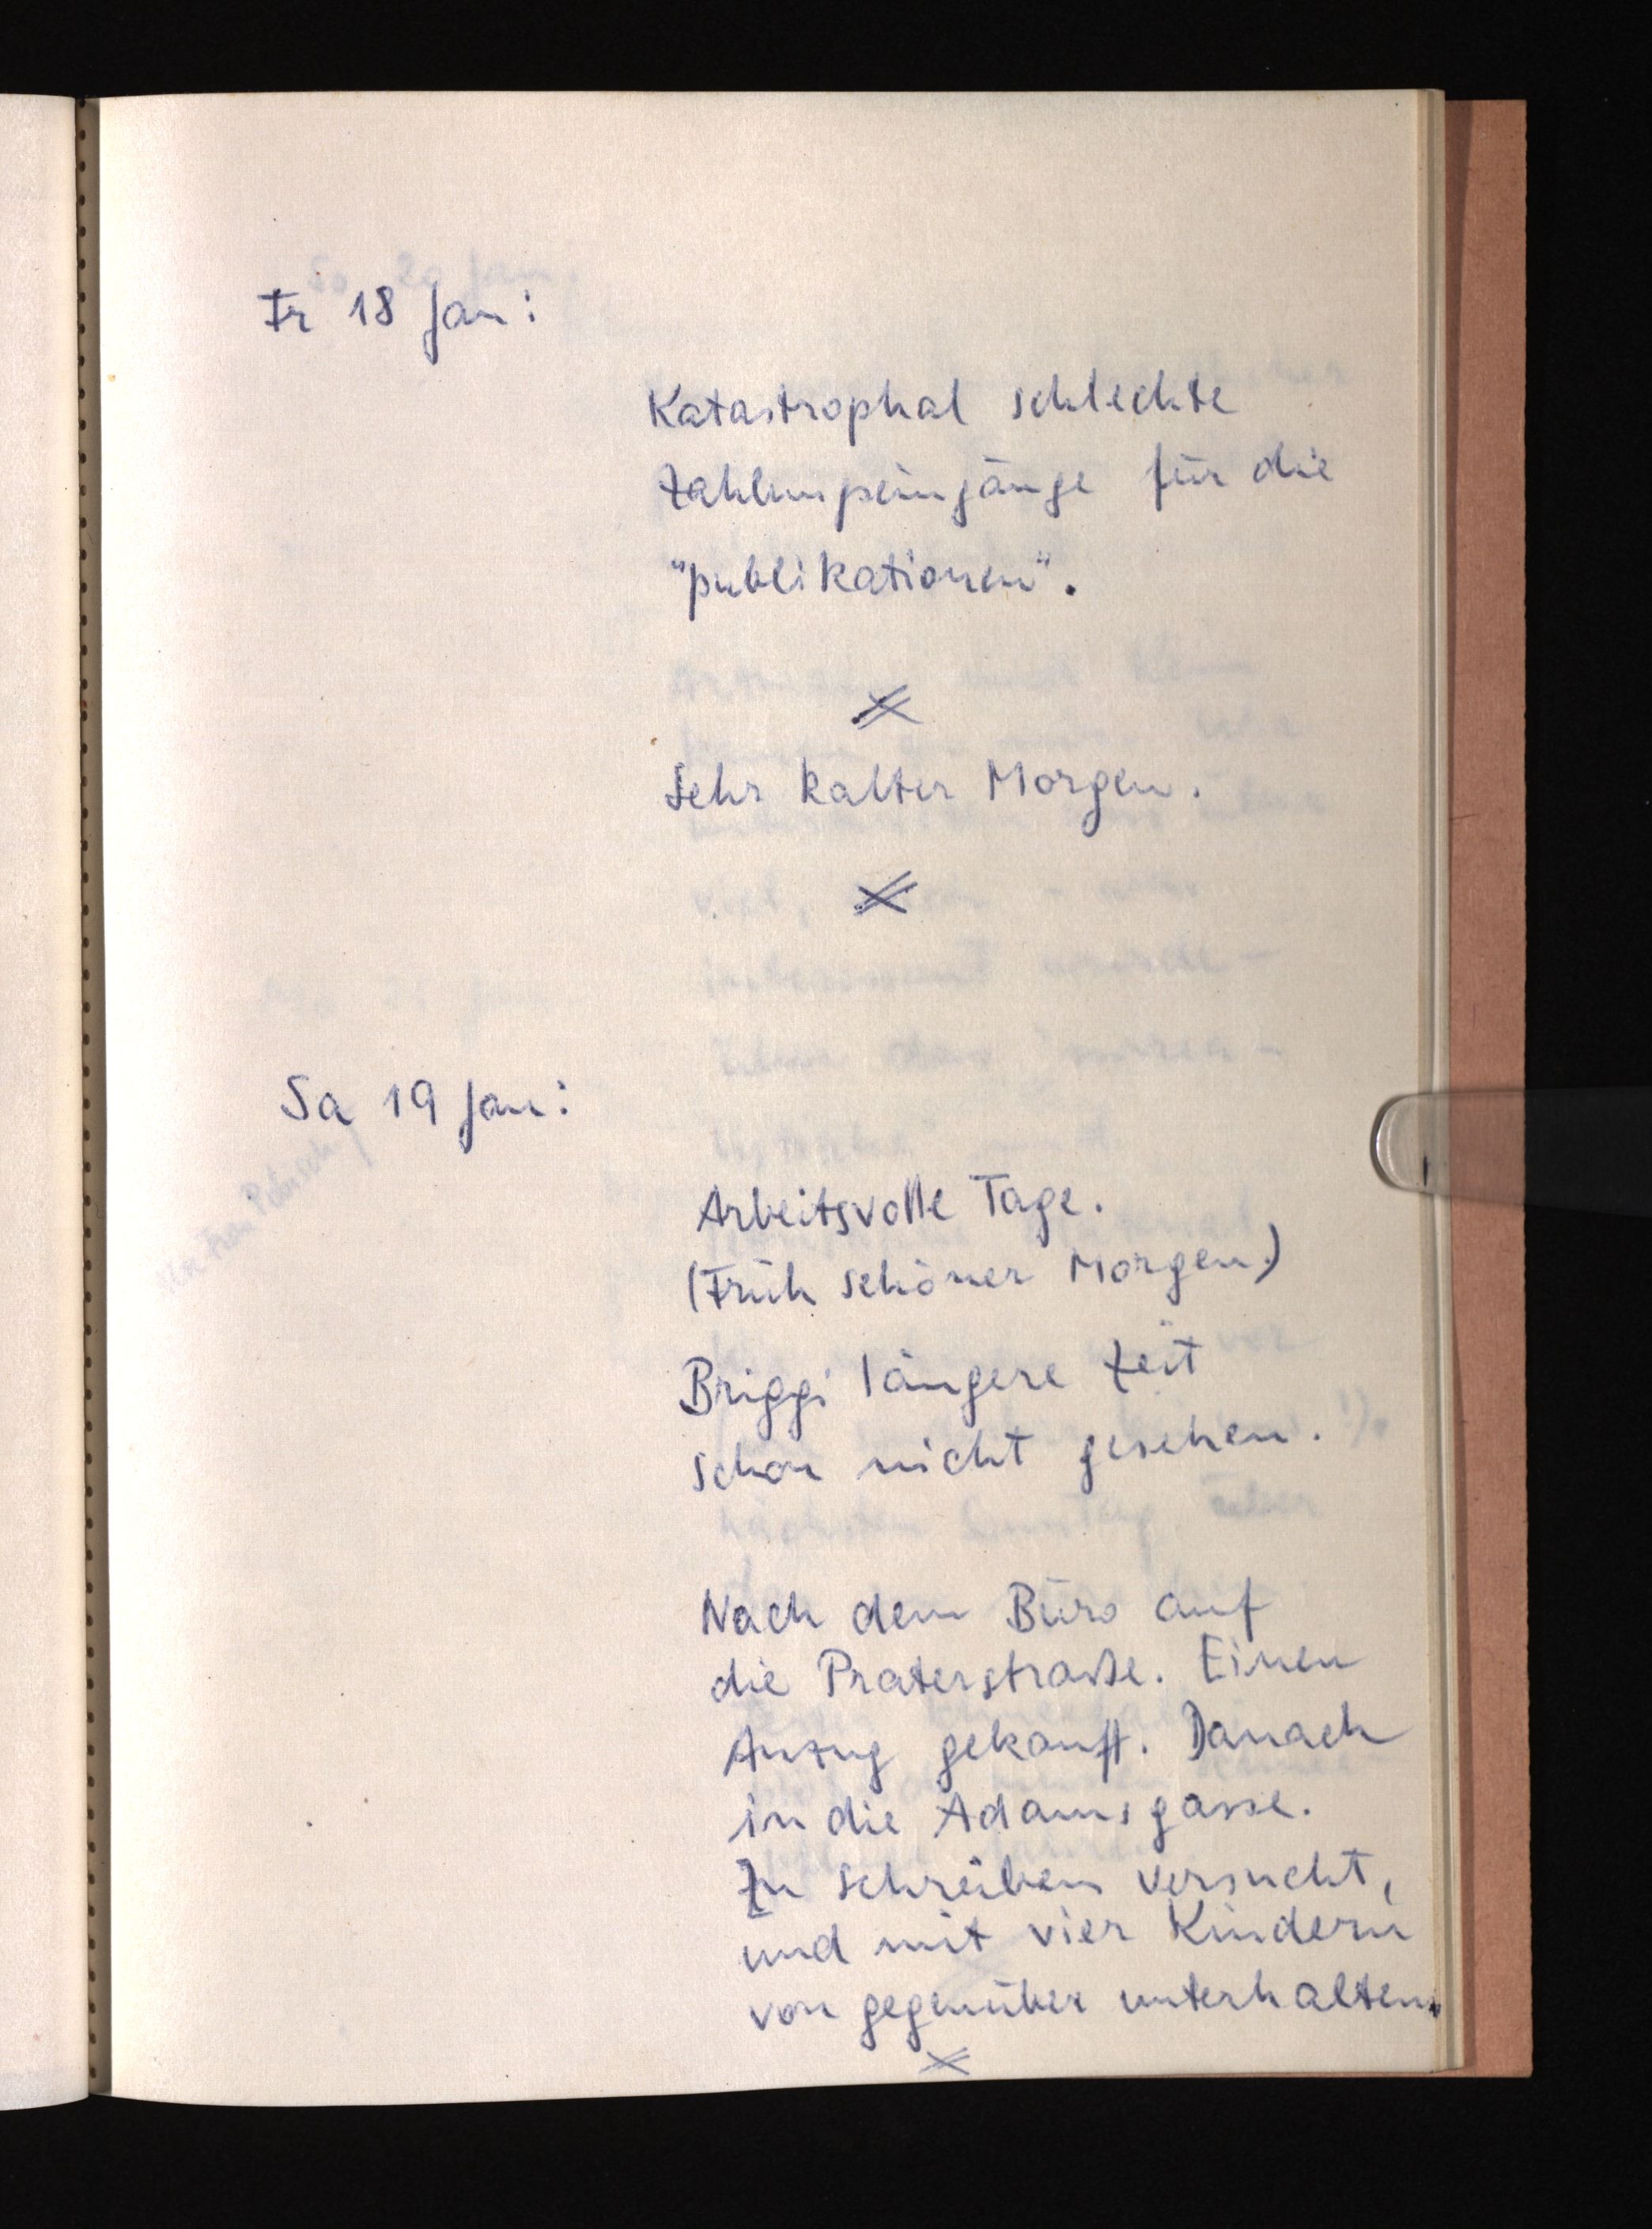
Fr 18 Jan:
Katastrophal schlechte
Zahlungseingänge für die
"publikationen".
Sehr kalter Morgen.
Sa 19 Jan:
Arbeitsvolle Tage.
(Früh schöner Morgen.)
Briggi längere Zeit
schon nicht gesehen.
Nach dem Büro auf
die Praterstraße. Einen
Anzug gekauft. Danach
in die Adamsgasse.
zZu Schreiben versucht,
und mit vier Kindern
von gegenüber unterhalten.